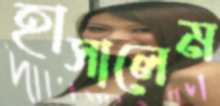
হাসালেম